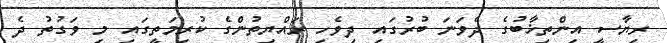
ރިޔާސީ އިންތިޚާބުގެ ދެވަނަ ބުރުގައި ދިވެހި ރައްޔިތުންގެ ކުރިމަތީގައި މި ވަގުތު ދެ